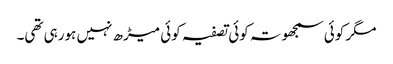
مگر کوئی سمجھوتہ کوئی تصفیہ کوئی میڑھ نہیں ہورہی تھی۔